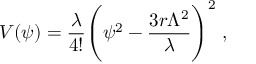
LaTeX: V ( \psi ) = { \frac { \lambda } { 4 ! } } \Biggl ( \psi ^ { 2 } - { \frac { 3 r \Lambda ^ { 2 } } { \lambda } } \Biggr ) ^ { 2 } \; ,